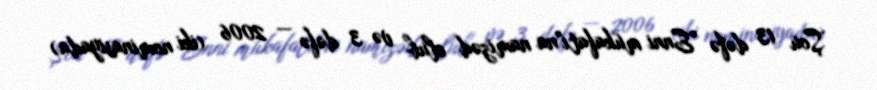
Şou 13 dəfə "Enni mükafatı"na namizəd olub və 3 dəfə — 2006 (iki nominasiyada)